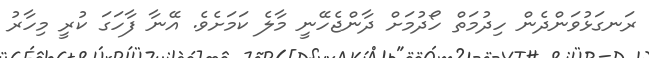
ރަނގަޅުވަންދެން ހިދުމަތް ހޯދުމަށް ދާންޖެހޭނީ މާލެ ކަމަށެވެ. އޭނާ ފާހަގަ ކުރީ މިހާރު